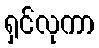
ရှင်လုကာ